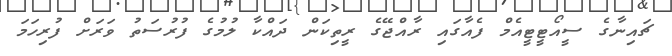
ޗައިނާގެ ސީއޯޓީޓީއެމް ފެއާގައި ރާއްޖޭގެ ރީތިކަން ދައްކާ ލުމުގެ ފުރުސަތު ވަަރަށް ފުރިހަމަ